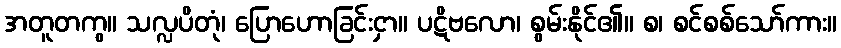
အတူတကွ။ သလ္လပိတုံ၊ ပြောဟောခြင်းငှာ။ ပဋိဗလော၊ စွမ်းနိုင်၏။ စ၊ စင်စစ်သော်ကား။